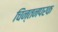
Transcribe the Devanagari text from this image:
चिन्तनपरक